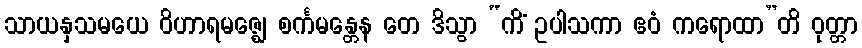
သာယနှသမယေ ဝိဟာရမဇ္ဈေ စင်္ကမန္တေန တေ ဒိသွာ “ကိံ ဥပါသကာ ဧဝံ ကရောထာ”တိ ဝုတ္တာ